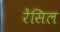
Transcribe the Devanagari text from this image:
रेंसिल